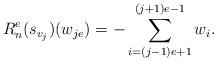
LaTeX: \begin{align*}R^e_n(s_{v_j})(w_{je})= -\sum_{i=(j-1)e+1}^{(j+1)e-1}w_i.\end{align*}